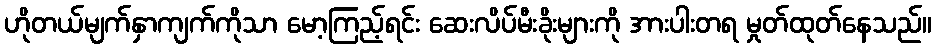
ဟိုတယ်မျက်နှာကျက်ကိုသာ မော့ကြည့်ရင်း ဆေးလိပ်မီးခိုးများကို အားပါးတရ မှုတ်ထုတ်နေသည်။